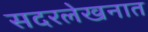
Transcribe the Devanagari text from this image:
सदरलेखनात